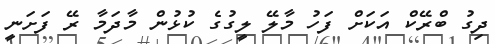
ދިގު ބްރޭކް އަކަށް ފަހު މާލޭ ލީގުގެ ކުޅުން މާދަމާ ރޭ ފަށަނީ